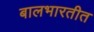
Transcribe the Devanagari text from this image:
बालभारतीत